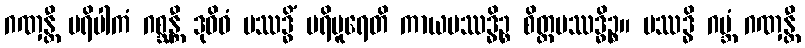
ဂဏှန္တီ ပရိပါကံ ဂစ္ဆန္တီ ဒုဝိဓံ ပဿဒ္ဓိံ ပရိပူရေတိ ကာယပဿဒ္ဓိဉ္စ စိတ္တပဿဒ္ဓိဉ္စ။ ပဿဒ္ဓိ ဂဗ္ဘံ ဂဏှန္တီ